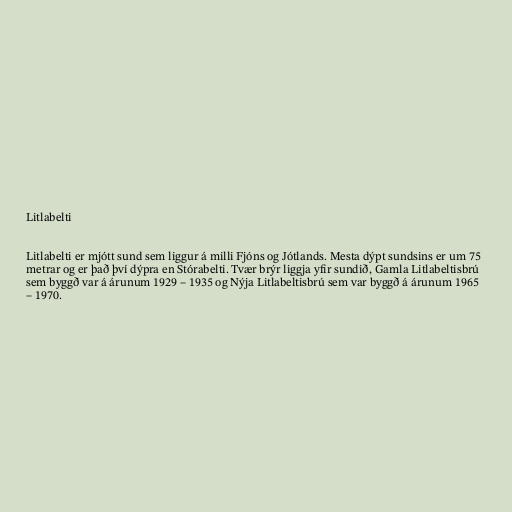
Litlabelti

Litlabelti er mjótt sund sem liggur á milli Fjóns og Jótlands. Mesta dýpt sundsins er um 75
metrar og er það því dýpra en Stórabelti. Tvær brýr liggja yfir sundið, Gamla Litlabeltisbrú
sem byggð var á árunum 1929 – 1935 og Nýja Litlabeltisbrú sem var byggð á árunum 1965
– 1970.